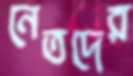
নেতদের